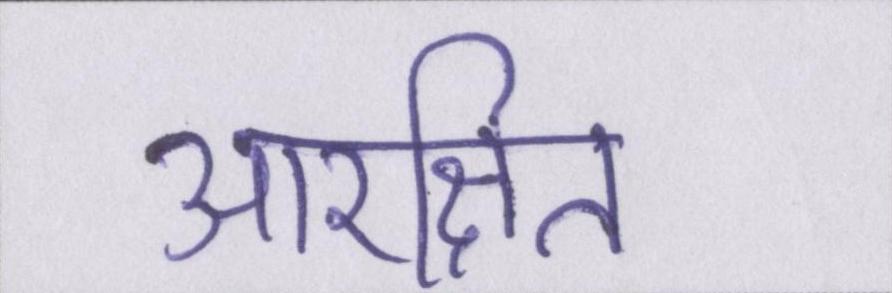
आरक्षित